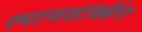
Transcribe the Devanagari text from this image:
स्पामडेक्सिंग